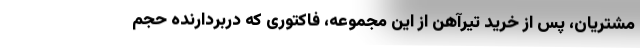
مشتریان، پس از خرید تیرآهن از این مجموعه، فاکتوری که دربردارنده حجم